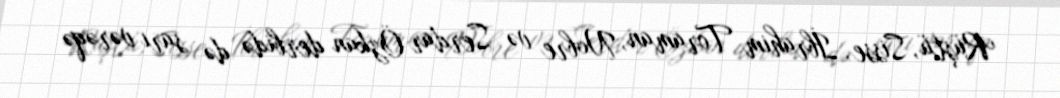
Rüştü, Sisse, İbrahim Toraman, Nobre və Serdar Özkan derbidə də sarı vərəqə